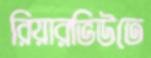
রিয়ারভিউতে